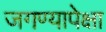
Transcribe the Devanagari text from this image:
जगण्यापेक्षा